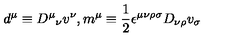
d ^ { \mu } \equiv { D ^ { \mu } } _ { \nu } v ^ { \nu } , m ^ { \mu } \equiv { \frac { 1 } { 2 } } \epsilon ^ { \mu \nu \rho \sigma } D _ { \nu \rho } v _ { \sigma }